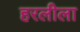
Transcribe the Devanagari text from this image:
हरलीला